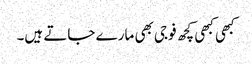
کبھی کبھی کچھ فوجی بھی مارے جاتے ہیں۔